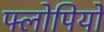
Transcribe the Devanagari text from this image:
फ्लोपियों